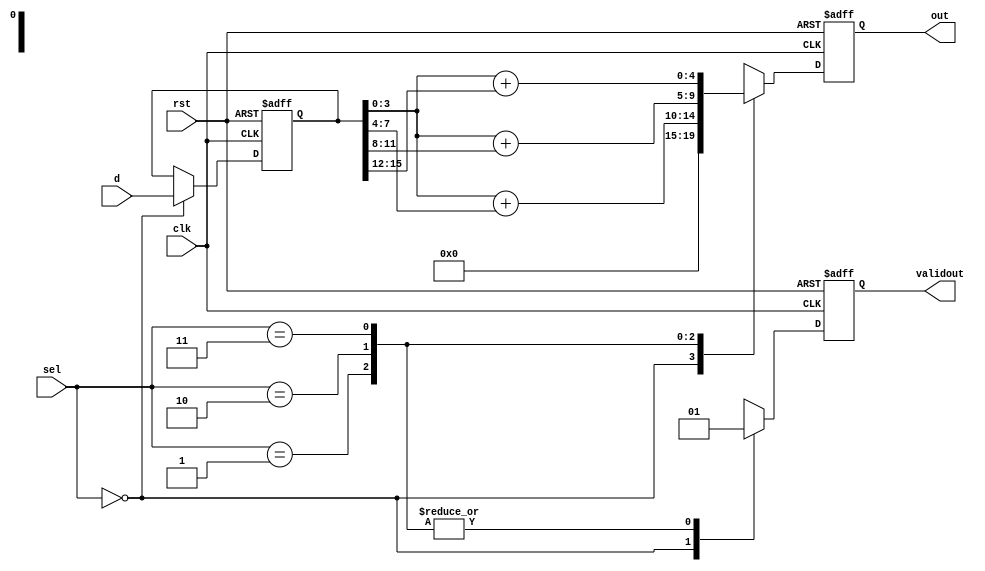
`timescale 1ns/1ns

module data_cal(
input clk,
input rst,
input [15:0]d,
input [1:0]sel,

output reg [4:0]out,
output reg validout
);
//*************code***********//
reg [15:0] d_reg;
always @(posedge clk or negedge rst) begin
    if(!rst) begin
        out <= 0;
        validout <= 0;
        d_reg <= 0;
    end
    else begin
        case(sel)
            0:  begin
                out <= 5'b0;
                d_reg <= d;
                validout <= 0;
            end
            1:  begin
                out <= d_reg[3:0] + d_reg[7:4];
                validout <= 1;
            end
            2:  begin
                out <= d_reg[3:0] + d_reg[11:8];
                validout <= 1;
            end
            3:  begin
                out <= d_reg[3:0] + d_reg[15:12];
                validout <= 1;
            end
            default: begin
                out <= 5'b0;
                validout <= 0;
            end
        endcase
    end
end


//*************code***********//
endmodule